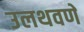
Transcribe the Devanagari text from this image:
उलथवणे